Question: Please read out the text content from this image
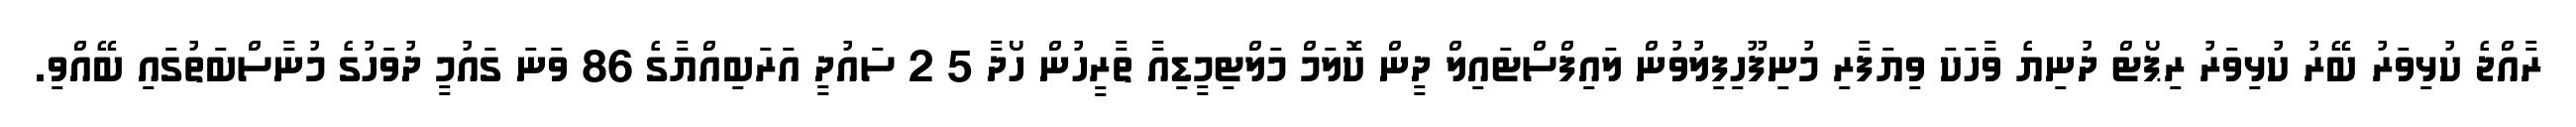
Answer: ރާއްޖެ ކުޅިވަރު ބޭރު ކުޅިވަރު ރިޕޯޓް ދުނިޔެ ވާހަކަ ވިޔަފާރި މުނިފޫހިފިލުވުން ލައިފްސްޓައިލް ދީން ކޮލަމް މަލްޓިމީޑިއާ ތާރީހުން ހޯދާ 5 2 ސައުދީ އަރަބިއްޔާގެ 86 ވަނަ ގައުމީ ދުވަހުގެ މުނާސްބަތުގައި ބޭއްވި.